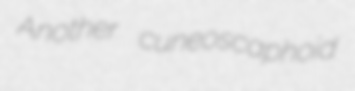
Another cuneoscaphoid